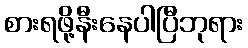
စားရဖို့နီးနေပါပြီဘုရား